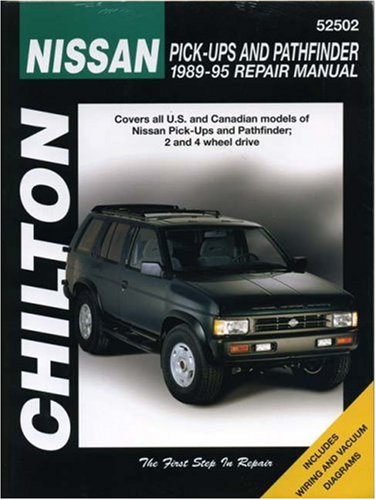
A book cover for Nissan Pick-ups and Pathfinder, 1989-95 (Chilton Total Car Care Series Manuals); Chilton; Engineering & Transportation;